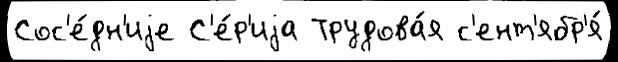
Сос'е́дн'иjе С'е́р'иjа Трудова́я с'ент'ябр'я́